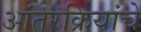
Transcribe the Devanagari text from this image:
आंतरक्रियांचे